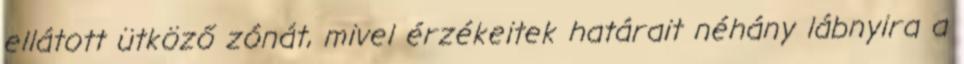
ellátott ütköző zónát, mivel érzékeitek határait néhány lábnyira a